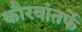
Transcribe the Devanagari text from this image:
कौरवांतर्फे